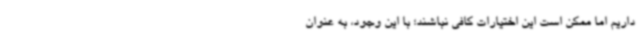
داریم اما ممکن است این اختیارات کافی نباشند؛ با این وجود، به عنوان